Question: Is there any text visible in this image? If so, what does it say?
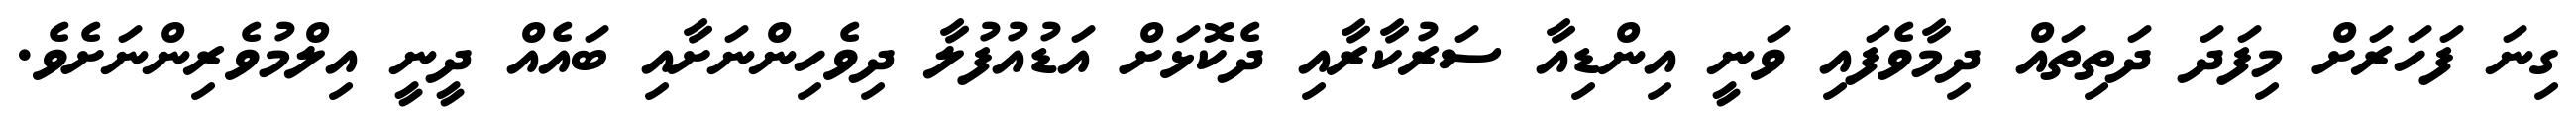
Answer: ގިނަ ފަހަރަށް މިފަދަ ދަތިތައް ދިމާވެފައި ވަނީ އިންޑިއާ ސަރުކާރާއި ދެކޮޅަށް އަޑުއުފުލާ ދިވެހިންނަށާއި ބައެއް ދީނީ އިލްމުވެރިންނަށެވެ.